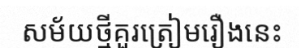
សម័យថ្មីគួរត្រៀមរឿងនេះ